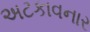
અટકાવનાર